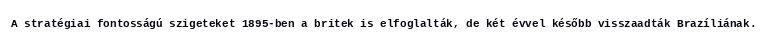
A stratégiai fontosságú szigeteket 1895-ben a britek is elfoglalták, de két évvel később visszaadták Brazíliának.